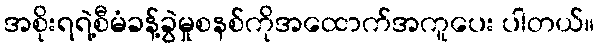
အစိုးရရဲ့စီမံခန့်ခွဲမှုစနစ်ကိုအထောက်အကူပေး ပါတယ်။